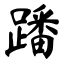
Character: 蹯